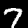
Digit: 7